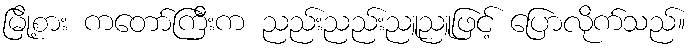
မြို့စား ကတော်ကြီးက ညည်းညည်းညူညူဖြင့် ပြောလိုက်သည်။